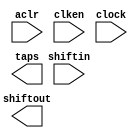
// This program was cloned from: https://github.com/cxdzyq1110/posture_recognition_CNN
// License: GNU General Public License v3.0

// megafunction wizard: %Shift register (RAM-based)%VBB%
// GENERATION: STANDARD
// VERSION: WM1.0
// MODULE: ALTSHIFT_TAPS 

// ============================================================
// Megafunction Name(s):
// 			ALTSHIFT_TAPS
//
// Simulation Library Files(s):
// 			altera_mf
// ============================================================
// ************************************************************
// THIS IS A WIZARD-GENERATED FILE. DO NOT EDIT THIS FILE!
//
// 14.0.0 Build 200 06/17/2014 SJ Full Version
// ************************************************************

//Copyright (C) 1991-2014 Altera Corporation. All rights reserved.
//Your use of Altera Corporation's design tools, logic functions 
//and other software and tools, and its AMPP partner logic 
//functions, and any output files from any of the foregoing 
//(including device programming or simulation files), and any 
//associated documentation or information are expressly subject 
//to the terms and conditions of the Altera Program License 
//Subscription Agreement, the Altera Quartus II License Agreement,
//the Altera MegaCore Function License Agreement, or other 
//applicable license agreement, including, without limitation, 
//that your use is for the sole purpose of programming logic 
//devices manufactured by Altera and sold by Altera or its 
//authorized distributors.  Please refer to the applicable 
//agreement for further details.

module line_buf_40pts_1lines (
	aclr,
	clken,
	clock,
	shiftin,
	shiftout,
	taps);

	input	  aclr;
	input	  clken;
	input	  clock;
	input	[8:0]  shiftin;
	output	[8:0]  shiftout;
	output	[8:0]  taps;
`ifndef ALTERA_RESERVED_QIS
// synopsys translate_off
`endif
	tri1	  aclr;
	tri1	  clken;
`ifndef ALTERA_RESERVED_QIS
// synopsys translate_on
`endif

endmodule

// ============================================================
// CNX file retrieval info
// ============================================================
// Retrieval info: PRIVATE: ACLR NUMERIC "1"
// Retrieval info: PRIVATE: CLKEN NUMERIC "1"
// Retrieval info: PRIVATE: GROUP_TAPS NUMERIC "1"
// Retrieval info: PRIVATE: INTENDED_DEVICE_FAMILY STRING "Cyclone V"
// Retrieval info: PRIVATE: NUMBER_OF_TAPS NUMERIC "1"
// Retrieval info: PRIVATE: RAM_BLOCK_TYPE NUMERIC "1"
// Retrieval info: PRIVATE: SYNTH_WRAPPER_GEN_POSTFIX STRING "0"
// Retrieval info: PRIVATE: TAP_DISTANCE NUMERIC "40"
// Retrieval info: PRIVATE: WIDTH NUMERIC "9"
// Retrieval info: LIBRARY: altera_mf altera_mf.altera_mf_components.all
// Retrieval info: CONSTANT: INTENDED_DEVICE_FAMILY STRING "Cyclone V"
// Retrieval info: CONSTANT: LPM_HINT STRING "RAM_BLOCK_TYPE=M10K"
// Retrieval info: CONSTANT: LPM_TYPE STRING "altshift_taps"
// Retrieval info: CONSTANT: NUMBER_OF_TAPS NUMERIC "1"
// Retrieval info: CONSTANT: TAP_DISTANCE NUMERIC "40"
// Retrieval info: CONSTANT: WIDTH NUMERIC "9"
// Retrieval info: USED_PORT: aclr 0 0 0 0 INPUT VCC "aclr"
// Retrieval info: USED_PORT: clken 0 0 0 0 INPUT VCC "clken"
// Retrieval info: USED_PORT: clock 0 0 0 0 INPUT NODEFVAL "clock"
// Retrieval info: USED_PORT: shiftin 0 0 9 0 INPUT NODEFVAL "shiftin[8..0]"
// Retrieval info: USED_PORT: shiftout 0 0 9 0 OUTPUT NODEFVAL "shiftout[8..0]"
// Retrieval info: USED_PORT: taps 0 0 9 0 OUTPUT NODEFVAL "taps[8..0]"
// Retrieval info: CONNECT: @aclr 0 0 0 0 aclr 0 0 0 0
// Retrieval info: CONNECT: @clken 0 0 0 0 clken 0 0 0 0
// Retrieval info: CONNECT: @clock 0 0 0 0 clock 0 0 0 0
// Retrieval info: CONNECT: @shiftin 0 0 9 0 shiftin 0 0 9 0
// Retrieval info: CONNECT: shiftout 0 0 9 0 @shiftout 0 0 9 0
// Retrieval info: CONNECT: taps 0 0 9 0 @taps 0 0 9 0
// Retrieval info: GEN_FILE: TYPE_NORMAL line_buf_40pts_1lines.v TRUE
// Retrieval info: GEN_FILE: TYPE_NORMAL line_buf_40pts_1lines.inc FALSE
// Retrieval info: GEN_FILE: TYPE_NORMAL line_buf_40pts_1lines.cmp FALSE
// Retrieval info: GEN_FILE: TYPE_NORMAL line_buf_40pts_1lines.bsf FALSE
// Retrieval info: GEN_FILE: TYPE_NORMAL line_buf_40pts_1lines_inst.v FALSE
// Retrieval info: GEN_FILE: TYPE_NORMAL line_buf_40pts_1lines_bb.v TRUE
// Retrieval info: LIB_FILE: altera_mf